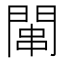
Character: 𫔢